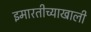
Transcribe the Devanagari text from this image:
इमारतीच्याखाली